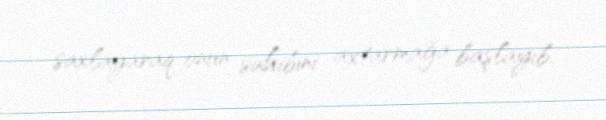
saxlayaraq onun sahibini axtarmağa başlayıb.